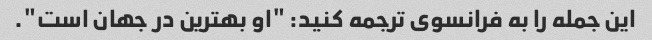
این جمله را به فرانسوی ترجمه کنید: "او بهترین در جهان است".